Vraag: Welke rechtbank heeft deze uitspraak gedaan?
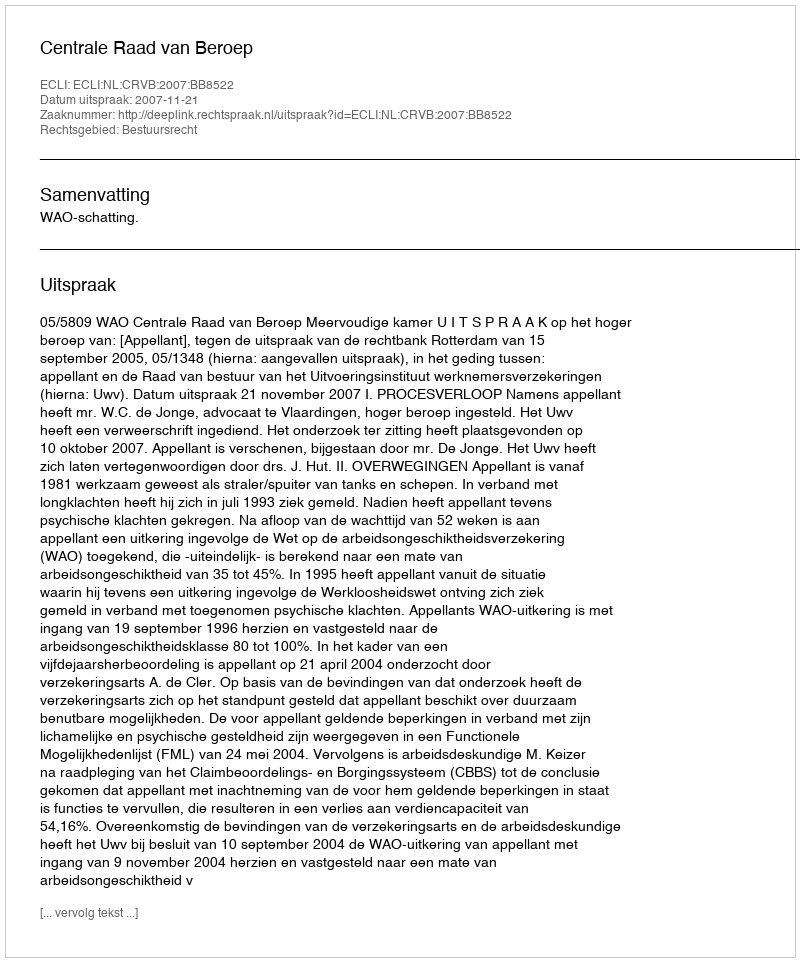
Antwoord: Centrale Raad van Beroep